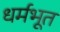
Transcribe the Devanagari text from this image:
धर्मभूत